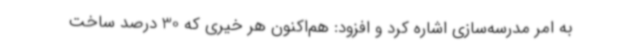
به امر مدرسه‌سازی اشاره کرد و افزود: هم‌اکنون هر خیری که 30 درصد ساخت